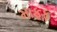
માફફ